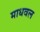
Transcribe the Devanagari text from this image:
माधवल